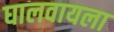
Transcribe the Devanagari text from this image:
घालवायला